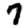
Digit: 7